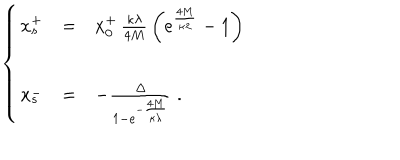
\left\{ \begin{array} { l l l } { { x _ { s } ^ { + } } } & { { = } } & { { x _ { 0 } ^ { + } \, \frac { \kappa \lambda } { 4 M } \, \left( e ^ { \frac { 4 M } { \kappa \lambda } } - 1 \right) } } \\ { { x _ { s } ^ { - } } } & { { = } } & { { - \frac { \Delta } { 1 - e ^ { - \frac { 4 M } { \kappa \lambda } } } \; . } } \\ \end{array} \right.